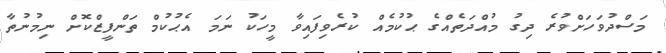
މަސްދުވަހަށްވުރެ ދިގު މުއްދަތެއްގެ ޙުކުމެއް ކުރެވިފައިވާ މީހަކު ނަމަ އެޙުކުމް ތަންފީޒްކޮށް ނިމުނުތާ